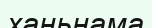
ханьнама